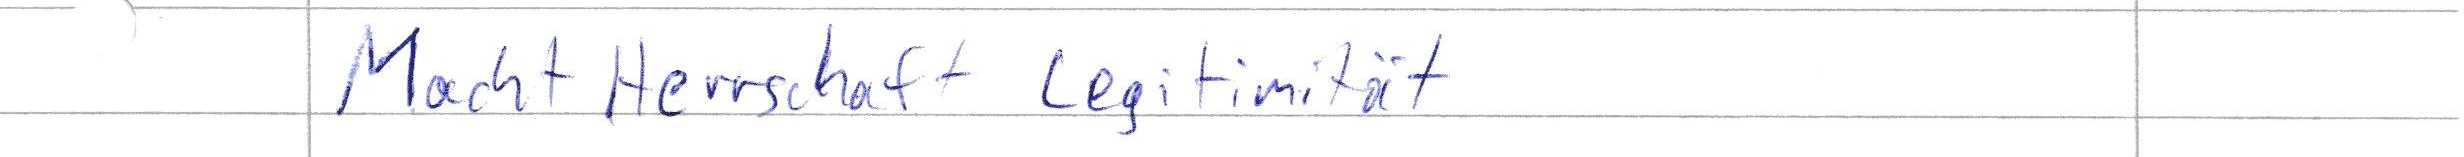
Macht Herrschaft Legitimität